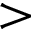
>